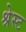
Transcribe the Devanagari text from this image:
श्रेस्ट